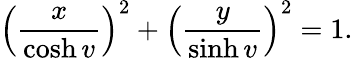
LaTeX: \left(\frac x{\cosh v}\right)^{2}+\left(\frac y{\sinh v}\right)^{2}=1.